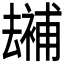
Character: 𠬕